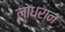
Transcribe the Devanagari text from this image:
लोधरान